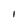
Character: I